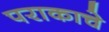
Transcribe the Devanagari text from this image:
पराकाचे